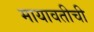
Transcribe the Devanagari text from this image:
मायावतीची